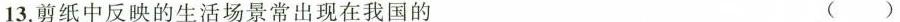
13.剪纸中反映的生活场景常出现在我国的 ()